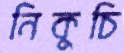
নিকুচি